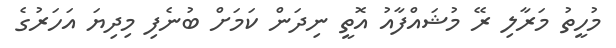
މުހީތު މަރާލި ރޭ މުޝައްފާއު އޮތީ ނިދަން ކަމަށް ބުނެފި މިދިޔަ އަހަރުގެ